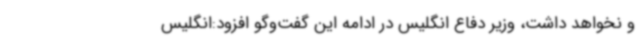
و نخواهد داشت، وزیر دفاع انگلیس در ادامه این گفت‌وگو افزود:انگلیس